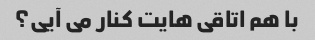
با هم اتاقی هایت کنار می آیی؟